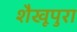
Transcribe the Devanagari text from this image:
शैखूपुरा